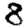
Digit: 8